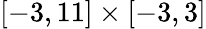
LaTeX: [-3,11]\times[-3,3]